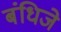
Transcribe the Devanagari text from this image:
बंधिजे